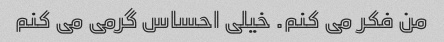
من فکر می کنم. خیلی احساس گرمی می کنم